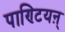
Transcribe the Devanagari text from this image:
पाण्टियऩ्